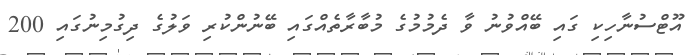
އޫޓްސުނާހިކި ގައި ބޭއްވުނު ވާ ދެމުމުގެ މުބާރާތެއްގައި ބޭނުންކުރި ވަލުގެ ދިގުމިނުގައި 200